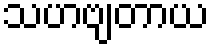
သဟဗျတာယ